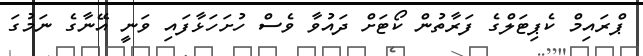
ޕްރައިމް ކެޕިޓަލްގެ ފަރާތުން ކޯޓަށް ދައުވާ ވެސް ހުށަހަޅާފައި ވަނީ އޭނާގެ ނަމުގަ